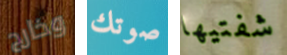
وخارج صوتك شفتيها